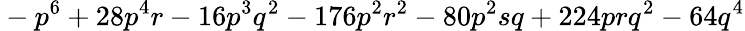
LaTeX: {}-p^{6}+28p^{4}r-16p^{3}q^{2}-176p^{2}r^{2}-80p^{2}sq+224prq^{2}-64q^{4}